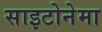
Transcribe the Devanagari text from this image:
साइटोनेमा